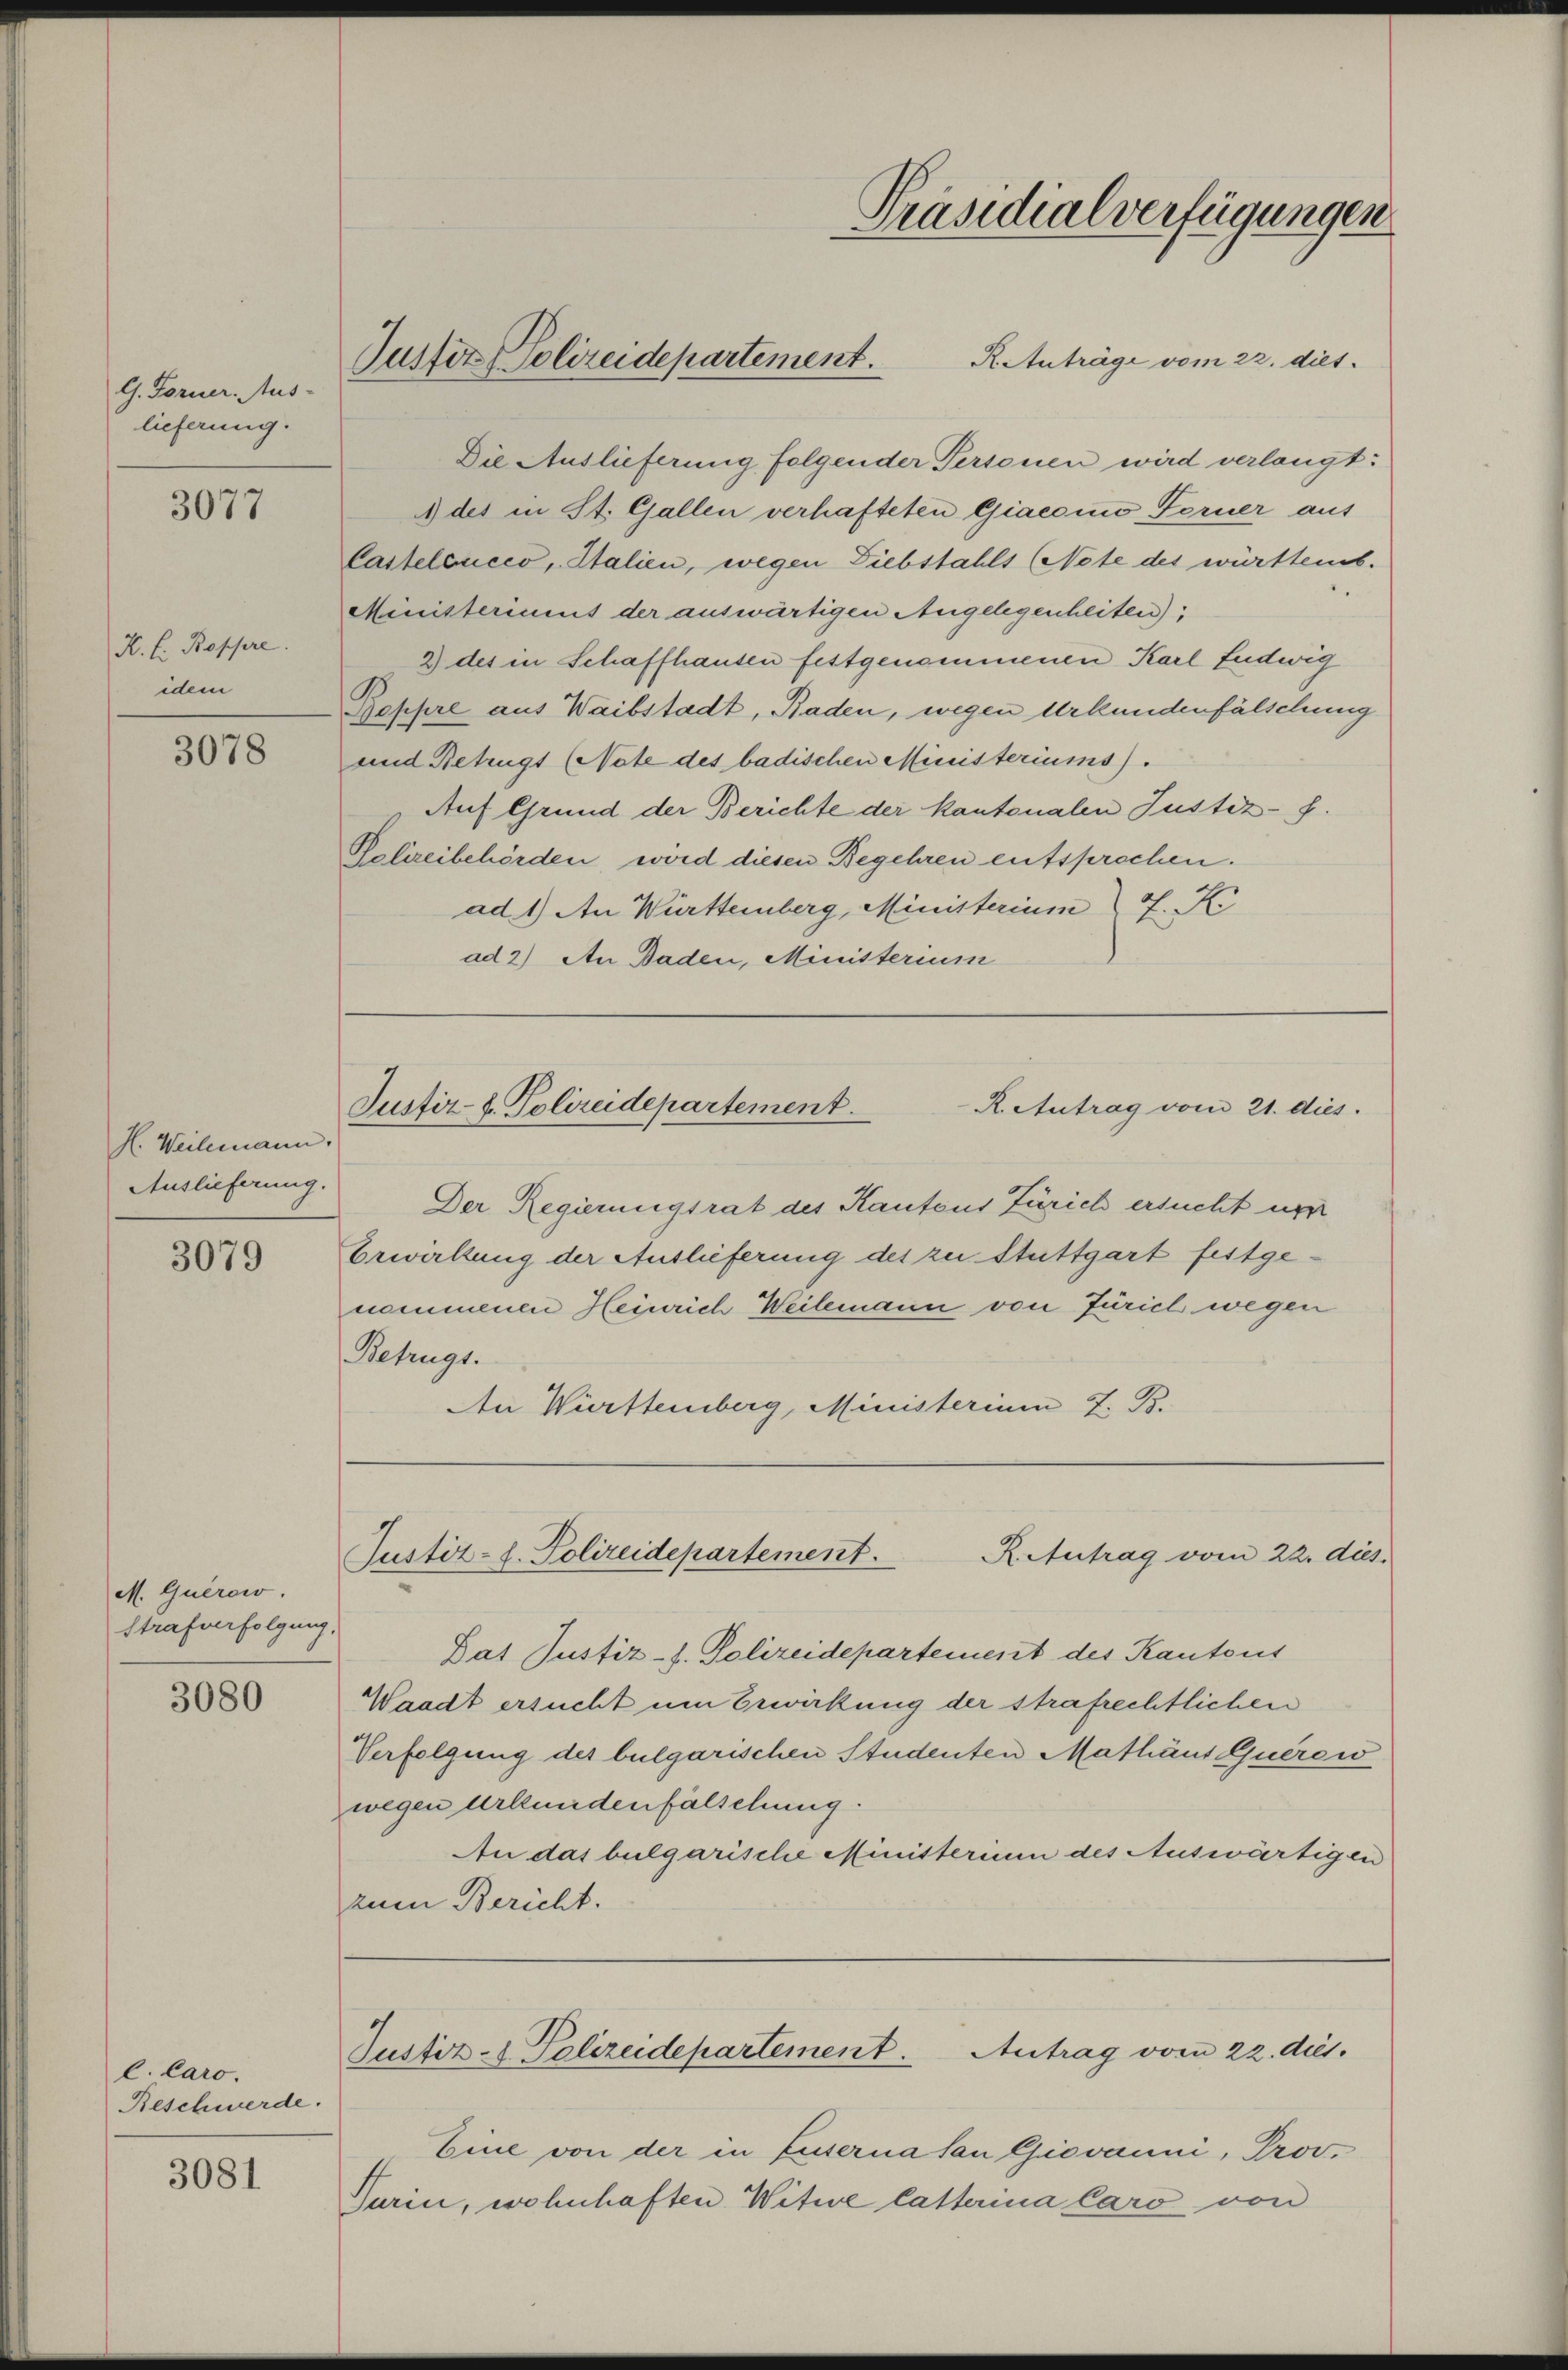
G. Forner Aus-
lieferung.

3077

H. E. Boppre
idem

3078

H. Weilemann.
Auslieferung.

3079

M. Querow.
Strafverfolgung,

3080

l. Caro.
Reschwerde.

3081

Präsidialverfügungen
Justiz, Polizeidepartement.
R. Anträge vom 22. dies

Die Auslieferung folgender Personen wird verlangt:
1 des in St. Gallen verhafteten Giaconi Ferner aus
Casteloucco, Italien, wegen Diebstahls (Note des württemb.
Ministeriums der auswärtigen Angelegenheiten);
9) des in Schaffhausen festgenommenen Karl Ludwig
.
Seppre aus Waibstadt, Baden, wegen Urkundenfälschung
und Betrügt (Note des badischen Ministeriums).
Auf Grund der Berichte der kantonalen Justiz- f.
Polizeibehörden, word diesen Begehren entsprochen.
ad 1) An Württemberg, Ministerium I. K
ad 2) An Baden, Ministerium
Justiz- t. Polizeidepartement.
R. Antrag vom 21. dies
Der Regierungsrat des Kantons Zürich ersucht um
Erwirkung der Auslieferung des zu Stuttgart festgenommenen Heinrich Weilemann von Jurich wegen
Betrugs.
An Württemberg, Ministerium 7. B.

Dat Justiz-J. Polizeidepartement des Kantons
Waadt ersucht um Erwirkung der strafrechtlichen
Verfolgung des bulgarischen Studenten Mathäus Querew
wegen Urkundenfälschung.
An das bulgarische Ministerium des Auswärtigen
zum Bericht.

Justiz-L. Polizeidepartement.
R. Antrag vom 22. dies.

Justiz- & Polizeidepartement. Antrag vom 22. dus.

Eine von der in Eisernasan Giovanni, Prov.
Turin, wohnhaften. Witwe Catterina Caro von